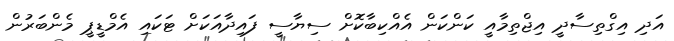
އަދި އިގްތިސާދީ އިޖްތިމާއީ ކަންކަން އެއްކިބާކޮށް ސިޔާސީ ފައިދާއަކަށް ޓަކައި އެމްޑީޕީ މެންބަރުން